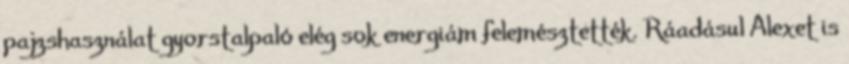
pajzshasználat gyorstalpaló elég sok energiám felemésztették. Ráadásul Alexet is